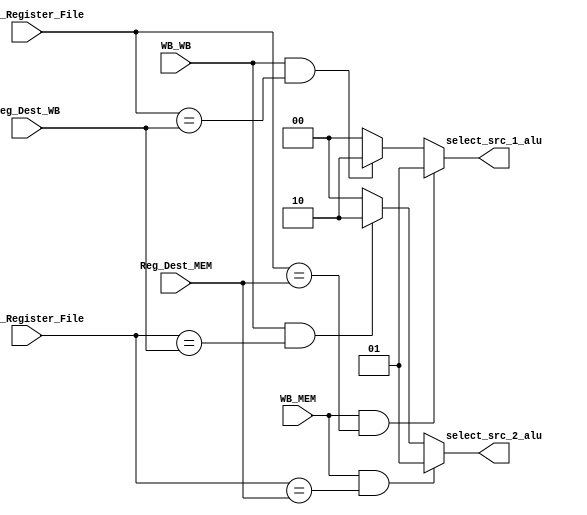
module Forwarding_Unit(WB_MEM, WB_WB, src_1_Register_File, src_2_Register_File, Reg_Dest_MEM, Reg_Dest_WB, select_src_1_alu, select_src_2_alu);
  
  input WB_MEM, WB_WB;
  input [3 : 0] src_1_Register_File, src_2_Register_File, Reg_Dest_MEM, Reg_Dest_WB;
  output reg [1 : 0] select_src_1_alu, select_src_2_alu;
  
  
always@(*)begin
  select_src_1_alu = 2'b0;
  select_src_2_alu = 2'b0;

  if(WB_MEM & (src_1_Register_File == Reg_Dest_MEM))
    select_src_1_alu = 2'b01;
  else if(WB_WB & (src_1_Register_File == Reg_Dest_WB))
    select_src_1_alu = 2'b10;
  if(WB_MEM & (src_2_Register_File == Reg_Dest_MEM))
    select_src_2_alu = 2'b01;
  else if(WB_WB & (src_2_Register_File == Reg_Dest_WB))
    select_src_2_alu = 2'b10;

  
end

endmodule